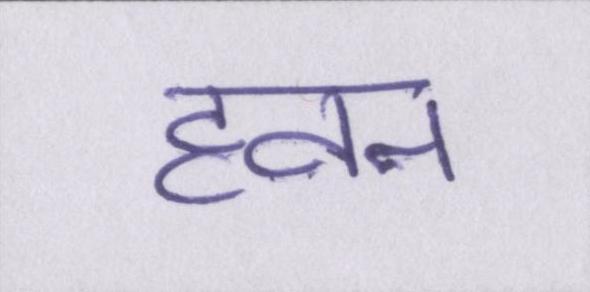
हवन